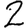
Digit: 2